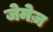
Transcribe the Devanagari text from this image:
जेमेज़